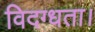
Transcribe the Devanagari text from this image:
विदग्धता।